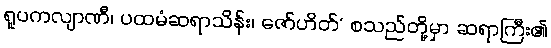
ရူပကလျာဏီ၊ ပထမံဆရာသိန်း၊ ဇော်ဟိတ်’ စသည်တို့မှာ ဆရာကြီး၏